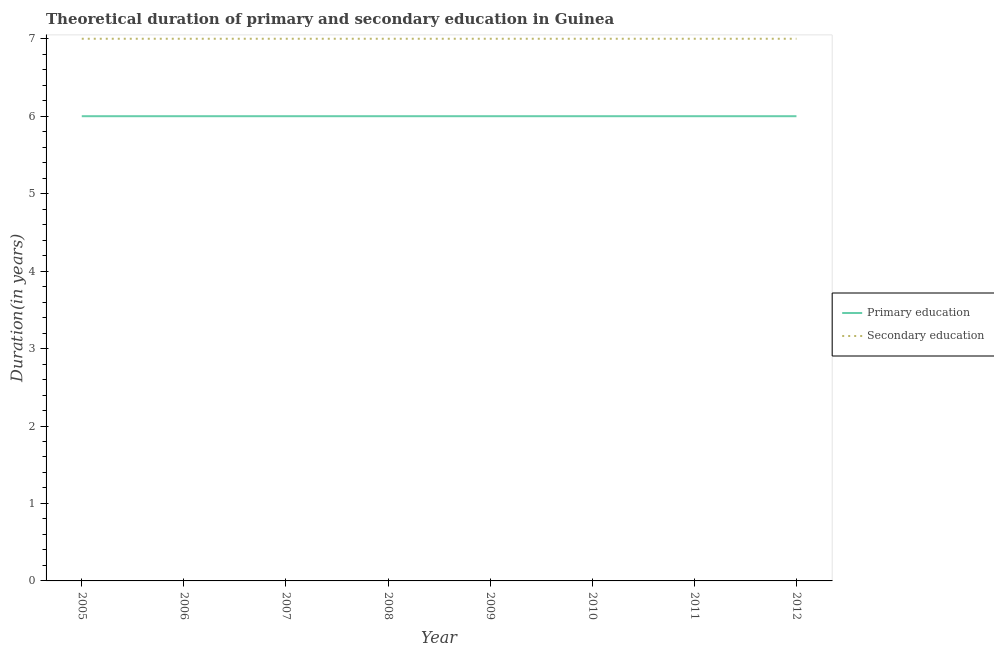
| Year | Primary education | Secondary education |
 | --- | --- | --- |
 | 2005 | 6 | 7 |
 | 2006 | 6 | 7 |
 | 2007 | 6 | 7 |
 | 2008 | 6 | 7 |
 | 2009 | 6 | 7 |
 | 2010 | 6 | 7 |
 | 2011 | 6 | 7 |
 | 2012 | 6 | 7 |